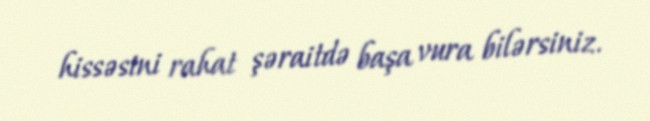
hissəsini rahat şəraitdə başa vura bilərsiniz.